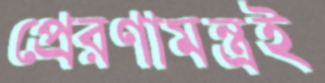
প্রেরণামন্ত্রই